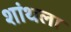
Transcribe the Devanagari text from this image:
शांथला